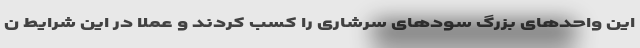
این واحدهای بزرگ سودهای سرشاری را کسب کردند و عملا در این شرایط ن